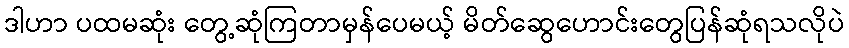
ဒါဟာ ပထမဆုံး တွေ့ဆုံကြတာမှန်ပေမယ့် မိတ်ဆွေဟောင်းတွေပြန်ဆုံရသလိုပဲ